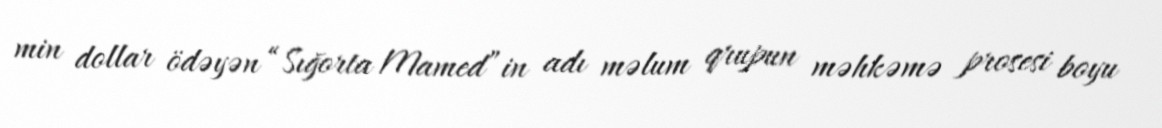
min dollar ödəyən “Sığorta Mamed”in adı məlum qrupun məhkəmə prosesi boyu